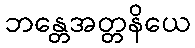
ဘန္တေအတ္တနိယေ